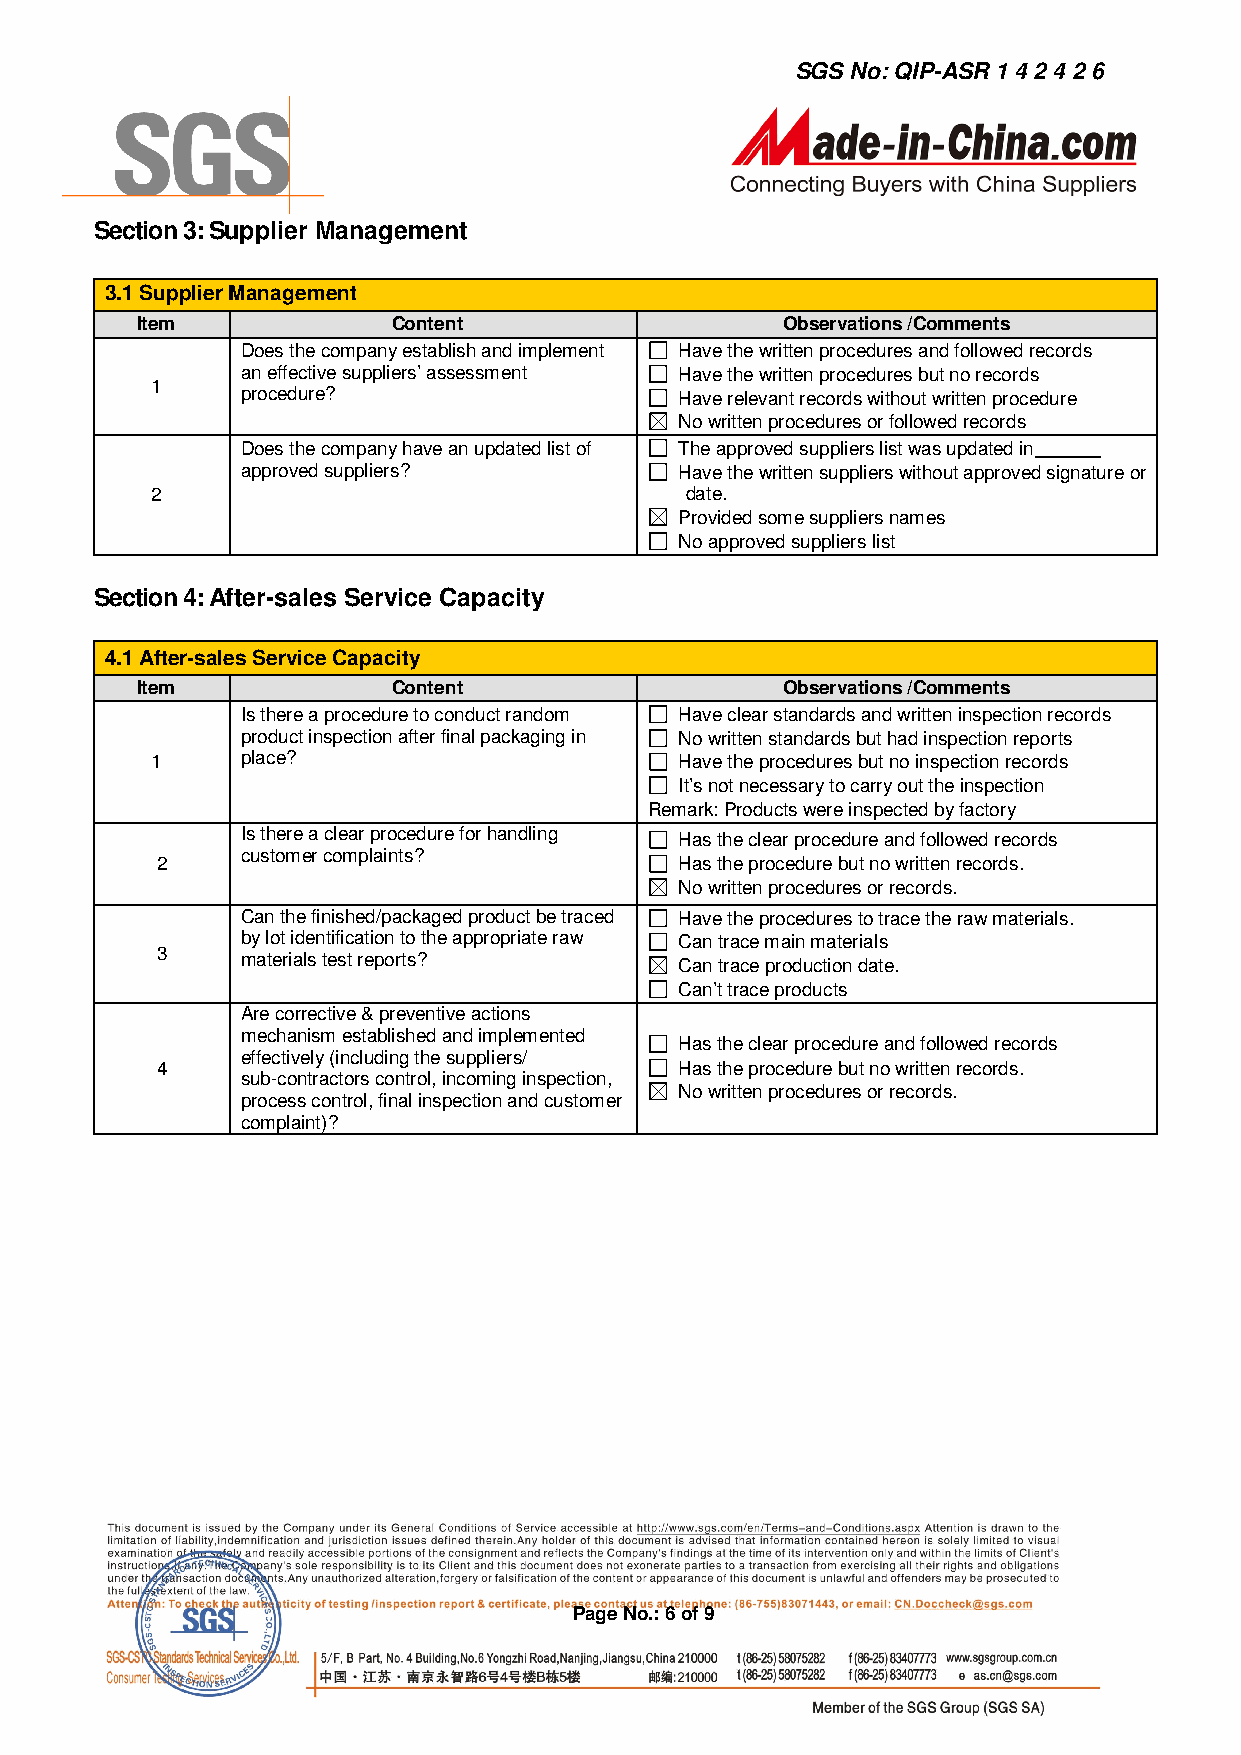
SGS No: QIP-ASR 1 4 2 4 2 6
 Section 3: Supplier Management
 3.1 Supplier Management
 Item             Content                   Observations /Comments
 Does the company establish and implement Have the written procedures and followed records
 an effective suppliers’ assessment Have the written procedures but no records
 1
 procedure?                   Have relevant records without written procedure
 No written procedures or followed records
 Does the company have an updated list of The approved suppliers list was updated in
 approved suppliers?          Have the written suppliers without approved signature or
 2                                  date.
 Provided some suppliers names
 No approved suppliers list
 Section 4: After-sales Service Capacity
 4.1 After-sales Service Capacity
 Item             Content                   Observations /Comments
 Is there a procedure to conduct random Have clear standards and written inspection records
 product inspection after final packaging in No written standards but had inspection reports
 1     place?                       Have the procedures but no inspection records
 It’s not necessary to carry out the inspection
 Remark: Products were inspected by factory
 Is there a clear procedure for handling Has the clear procedure and followed records
 customer complaints?
 2                                  Has the procedure but no written records.
 No written procedures or records.
 Can the finished/packaged product be traced Have the procedures to trace the raw materials.
 by lot identification to the appropriate raw Can trace main materials
 3     materials test reports?      Can trace production date.
 Can’t trace products
 Are corrective & preventive actions
 mechanism established and implemented
 Has the clear procedure and followed records
 effectively (including the suppliers/
 4                                  Has the procedure but no written records.
 sub-contractors control, incoming inspection,
 No written procedures or records.
 process control, final inspection and customer
 complaint)?
 Page No.: 6 of 9